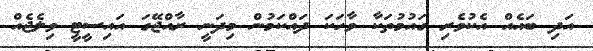
އަދި ބައެއް އެކުވެރި ގައުމުތަކާ ވާހަކަ ދައްކަމުން މިދަނީ ރާއްޖޭގަ އައިސީޓީ ވިލެޖެއް